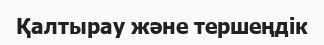
Қалтырау және тершеңдік